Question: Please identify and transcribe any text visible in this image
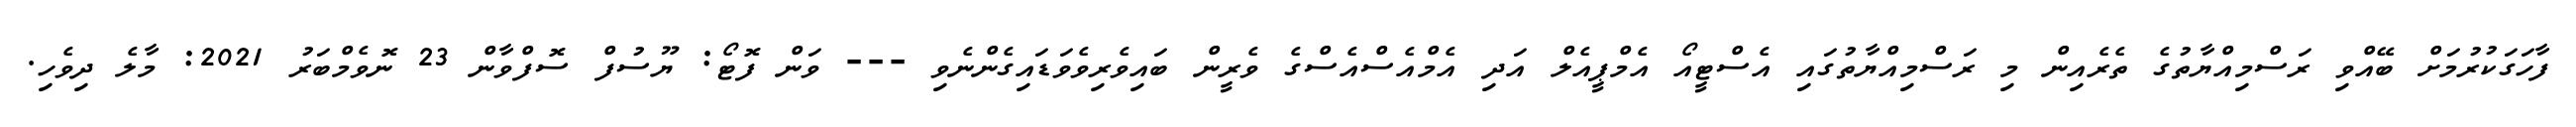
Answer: ފާހަގަކުރުމަށް ބޭއްވި ރަސްމިއްޔާތުގެ ތެރެއިން މި ރަސްމިއްޔާތުގައި އެސްޓީއޯ އެމްޕީއެލް އަދި އެމްއެސްއެސްގެ ވެރީން ބައިވެރިވެވަޑައިގެންނެވި --- ވަން ފޮޓޯ: ޔޫސުފް ސޮފްވާން 23 ނޮވެމްބަރު 2021: މާލެ ދިވެހި.